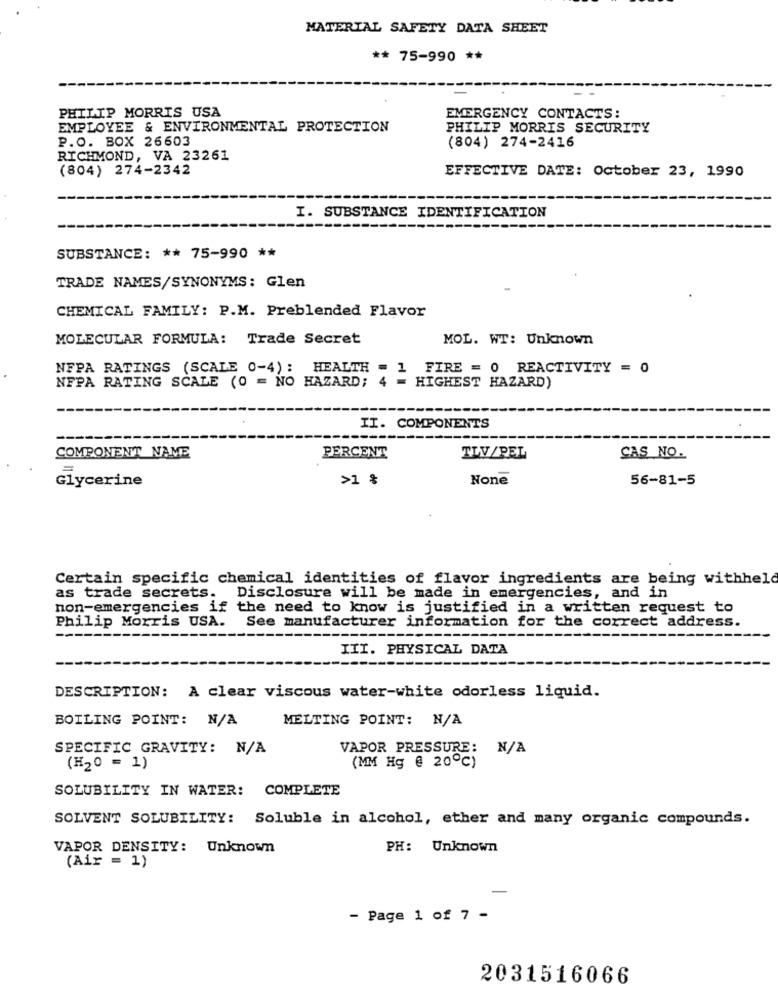
MATERIAL SAFETY DATA SHEET
** 75-990 **
PHILIP MORRIS USA
EMERGENCY CONTACTS:
EMPLOYEE & ENVIRONMENTAL PROTECTION
PHILIP MORRIS SECURITY
P.O. BOX 26603
(804) 274-2416
RICHMOND, VA 23261
(804) 274-2342
EFFECTIVE DATE: October 23, 1990
I. SUBSTANCE IDENTIFICATION
SUBSTANCE: ** 75-990 **
TRADE NAMES/SYNONYMS: Glen
CHEMICAL FAMILY: P.M. Preblended Flavor
MOLECULAR FORMULA: Trade Secret
MOL. WT: Unknown
NFPA RATINGS (SCALE 0-4) : HEALTH = 1 FIRE = 0 REACTIVITY = 0
NFPA RATING SCALE (0 = NO HAZARD; 4 = HIGHEST HAZARD)
II. COMPONENTS
COMPONENT NAME
PERCENT
TLV/PEL
CAS NO.
Glycerine
>1 %
56-81-5
Certain specific chemical identities of flavor ingredients are being withheld
as trade secrets.
Disclosure will be made in emergencies, and in
non-emergencies if the need to know is justified in a written request to
Philip Morris USA.
See manufacturer information for the correct address.
III. PHYSICAL DATA
DESCRIPTION: A clear viscous water-white odorless liquid.
BOILING POINT: N/A
MELTING POINT: N/A
SPECIFIC GRAVITY: N/A
VAPOR PRESSURE: N/A
(MM Hg @ 20℃)
(H20 = 1)
SOLUBILITY IN WATER: COMPLETE
SOLVENT SOLUBILITY: Soluble in alcohol, ether and many organic compounds.
VAPOR DENSITY: Unknown
PH: Unknown
(Air = 1)
- Page 1 of 7 -
2031516066